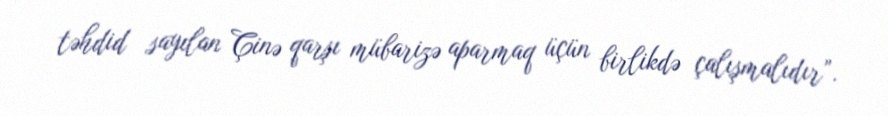
təhdid sayılan Çinə qarşı mübarizə aparmaq üçün birlikdə çalışmalıdır”.